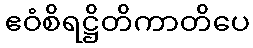
ဧဝံစိရဋ္ဌိတိကာတိပေ